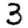
Digit: 3